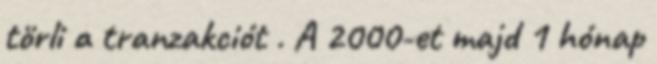
törli a tranzakciót . A 2000-et majd 1 hónap